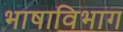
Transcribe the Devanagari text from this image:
भाषाविभाग